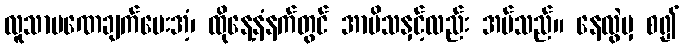
လူသာမဏေချက်ပေးအံ့၊ ထိုနေ့နံနက်တွင် အာမိသနှင့်လည်း အပ်သည်။ နေလွဲမှ စ၍